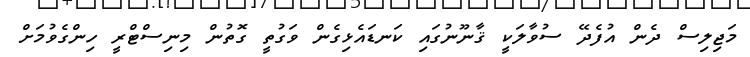
މަޖިލިސް ދެން އުފެދޭ ސުވާލަކީ ޤާނޫނުގައި ކަނޑައެޅިގެން ވަގުތީ ގޮތުން މިނިސްޓްރީ ހިންގެވުމަށް